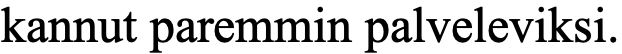
kannut paremmin palveleviksi.